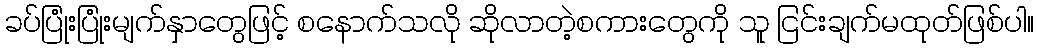
ခပ်ပြုံးပြုံးမျက်နှာတွေဖြင့် စနောက်သလို ဆိုလာတဲ့စကားတွေကို သူ ငြင်းချက်မထုတ်ဖြစ်ပါ။